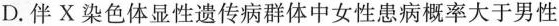
D.伴X染色体显性遗传病群体中女性患病概率大于男性